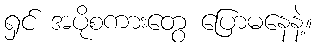
ရှင် အပိုစကားတွေ ပြောမနေနဲ့။